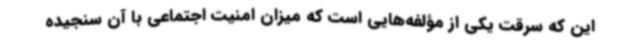
این که سرقت یکی از مؤلفه‌هایی است که میزان امنیت اجتماعی با آن سنجیده